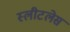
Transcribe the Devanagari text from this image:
स्लीटलेस